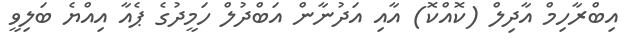
އިބްރާހިމް އާދިލް (ކޮއްކޮ) އާއި އަދުނާން އަބްދުލް ހަމީދުގެ ޕެއާ އިއްޔެ ބަލިވީ